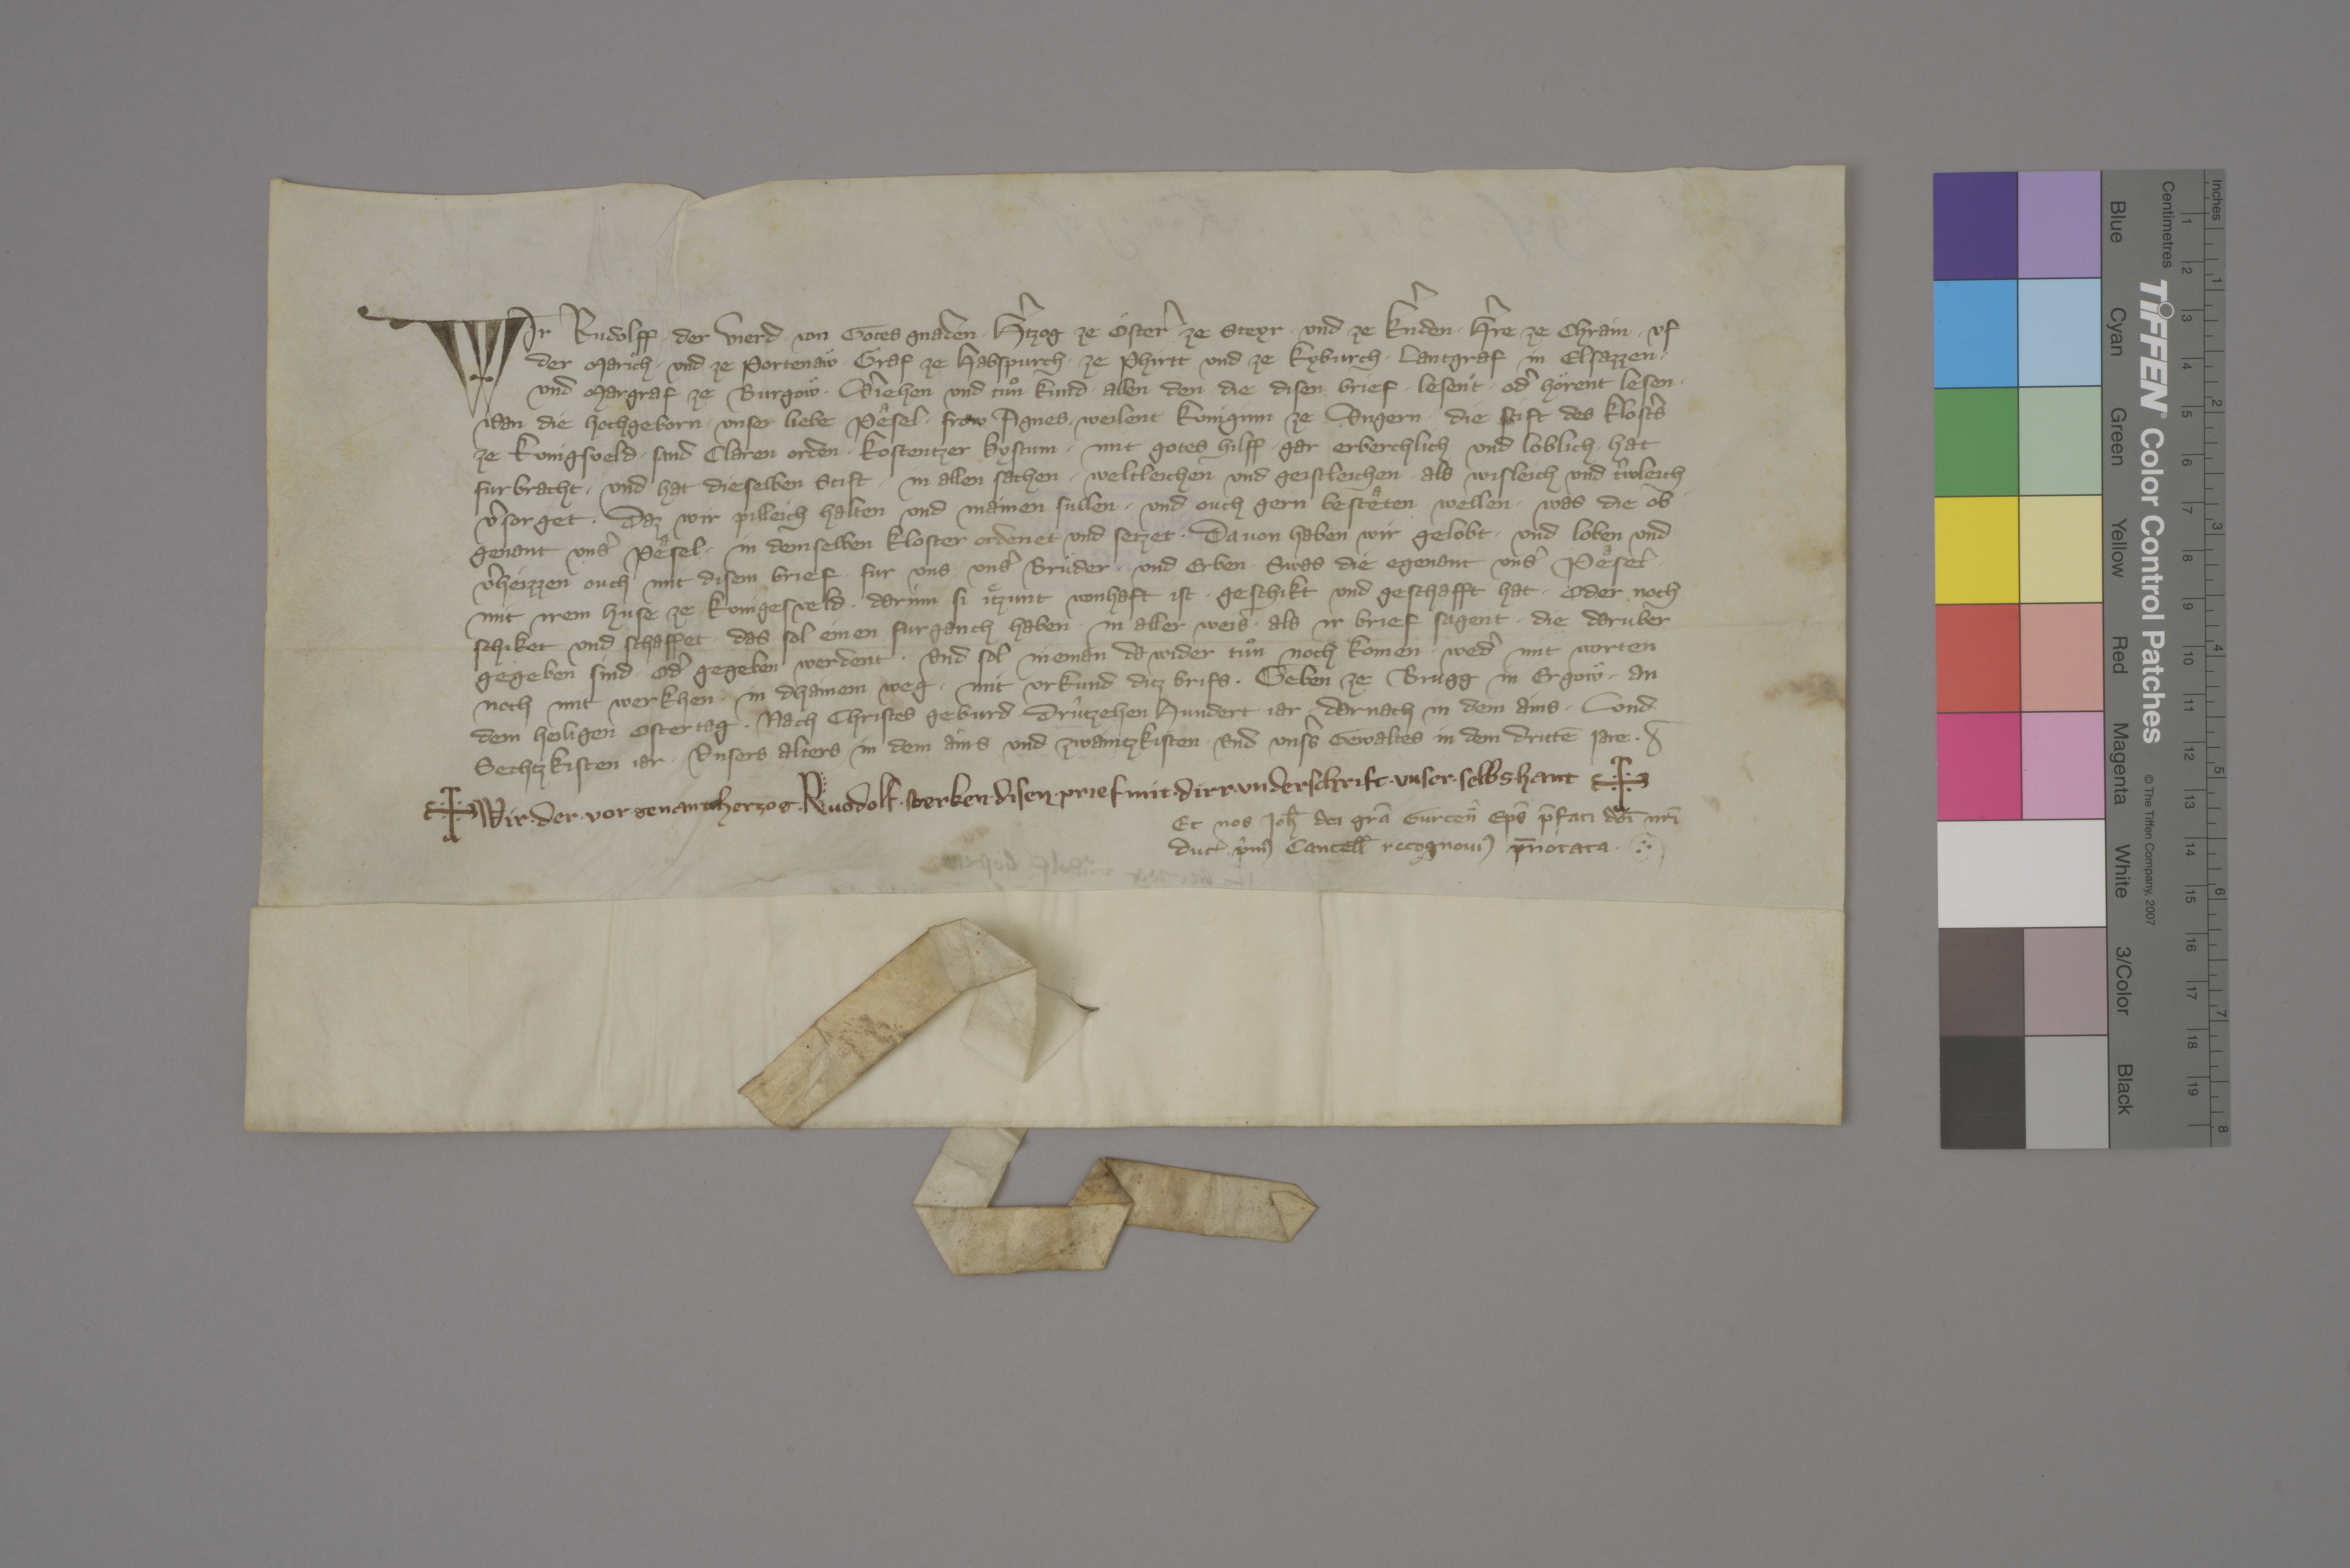
Transcription:
Wir, Rudolff ✳ der vierd, ✳ von gotes gnaden ✳ hˀtzog ze Oͤsterˀ, ze Steyr ✳ und ze Kˀnden, ✳ hˀre ze Chrain, ✳ uf
der Marich ✳ und ze Portenaͤw, ✳ graf ze Habspurch, ✳ ze Phirtt und ze Kyburch, ✳ lantgraf in Elsazzen ✳
und margraf ze Burgowͤ, ✳ vˀjehen und tuͦn kund ✳ allen den, die disen brief ✳ lesent ✳ odˀ hoͤrent lesen, ✳
wan die hochgeborn, unser liebe peͣsel ✳ frow Agnes, ✳ weilent kuniginn ze Ungern, ✳ die stift des klostˀs
ze Kunigsveld, ✳ Sand Claren orden, ✳ Kostentzer bystum, ✳ mit gotes hilff ✳ gar erberchlich und loblich ✳ hat
furbracht, ✳ und hat dieselben stift ✳ in allen sachen, ✳ weltlichen und geistleichen, ✳ als wisleich und tˀwleich
vˀsorget, ✳ daz wir pilleich halten und mainen sullen ✳ und ouch gern besteͣten wellen, ✳ was die ob¬
genant unsˀ peͣsel ✳ in demselben kloster ordenet und setzet. ✳ davon haben wir gelobt ✳ und loben und
vˀheizzen ouch mit disem brief fur uns, unsˀ bruͤder ✳ und erben, ✳ swas die egenant unsˀ peͣsel
mit irem huse ze Kunigesveld, ✳ darinn si jͤtzunt wonhaft ist, ✳ geschikt und geschafft hat ✳ oder noch
schiket und schaffet, ✳ das sol einen furganch haben ✳ in aller weis, ✳ als ir brief sagent, ✳ die daruber
gegeben sind odˀ gegeben werdent, ✳ und sol nieman da wider tuͦn noch komen, ✳ wedˀ mit worten
noch mit werkhen, ✳ in dhainem weg. ✳ mit urkund ditz brifs, ✳ geben ze Brugg in Ergowͤ ✳ an
dem heiligen ostertag, ✳ nach Christes geburd drûtzehen hundert jar, ✳ darnach in dem ains ✳ und
sechtzkisten jar, ✳ unsers alters in dem ains und zwaintzkisten ✳ und unsˀs gewaltes in dem drittē jare. ✳

✳ Wir, ✳ der ✳ vor ✳ genant ✳ herzog ✳ Ruodolf, ✳ sterken ✳ disen ✳ prief mit ✳ dirr ✳ underschrift ✳ unser ✳ selbs ✳ hant. ✳
Et nos, Ioh̄, dei grā Gurcen̄ eps̄, p̄fati dōi nrī
ducꝭ pʼmꝰ cancell̄, recognoviꝰ p̄notata. ✳